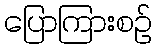
ပြောကြားစဉ်